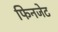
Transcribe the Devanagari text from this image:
फिनजेट